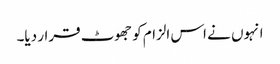
انہوں نے اس الزام کو جھوٹ قرار دیا۔